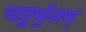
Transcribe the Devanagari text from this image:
चतुर्भुजम्